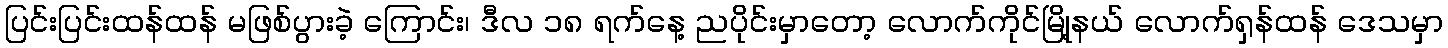
ပြင်းပြင်းထန်ထန် မဖြစ်ပွားခဲ့ ကြောင်း၊ ဒီလ ၁၈ ရက်နေ့ ညပိုင်းမှာတော့ လောက်ကိုင်မြို့နယ် လောက်ရှန်ထန် ဒေသမှာ